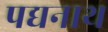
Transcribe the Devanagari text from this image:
पद्यनाथ